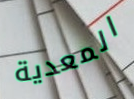
المعدية